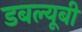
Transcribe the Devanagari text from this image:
डबल्यूबी